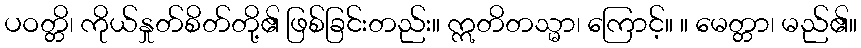
ပဝတ္တိ၊ ကိုယ်နှုတ်စိတ်တို့၏ ဖြစ်ခြင်းတည်း။ ဣတိတသ္မာ၊ ကြောင့်။ ။ မေတ္တာ၊ မည်၏။